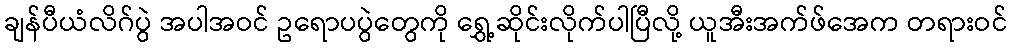
ချန်ပီယံလိဂ်ပွဲ အပါအဝင် ဥရောပပွဲတွေကို ရွှေ့ဆိုင်းလိုက်ပါပြီလို့ ယူအီးအက်ဖ်အေက တရားဝင်